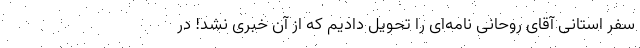
سفر استانی آقای روحانی نامه‌ای را تحویل دادیم که از آن خبری نشد! در